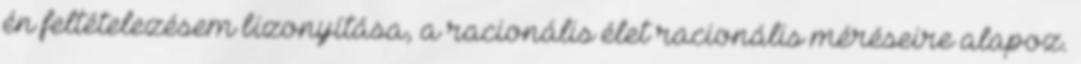
én feltételezésem bizonyítása, a racionális élet racionális méréseire alapoz.